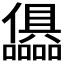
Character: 𭌷